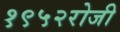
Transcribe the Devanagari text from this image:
१९५२रोजी